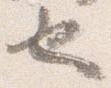
也